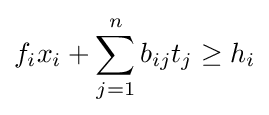
f_{i}x_{i}+\sum _{j=1}^{n}b_{ij}t_{j}\geq h_{i}